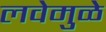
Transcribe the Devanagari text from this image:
लवेमुळे